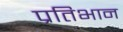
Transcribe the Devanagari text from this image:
प्रतिभान